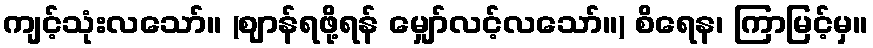
ကျင့်သုံးလသော်။ (ဈာန်ရဖို့ရန် မျှော်လင့်လသော်။) စိရေန၊ ကြာမြင့်မှ။